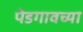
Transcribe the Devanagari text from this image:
पेडगावच्या